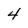
Character: 4